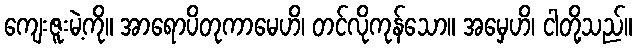
ကျေးဇူးမဲ့ကို။ အာရောပိတုကာမေဟိ၊ တင်လိုကုန်သော။ အမှေဟိ၊ ငါတို့သည်။